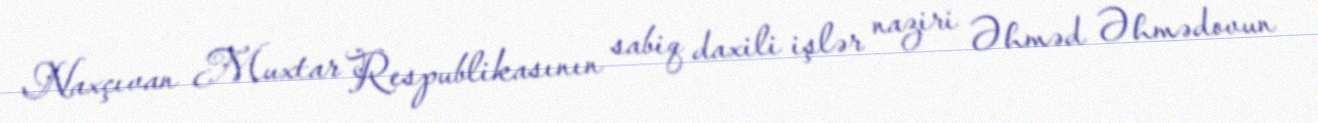
Naxçıvan Muxtar Respublikasının sabiq daxili işlər naziri Əhməd Əhmədovun